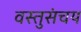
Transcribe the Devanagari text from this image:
वस्तुसंचय